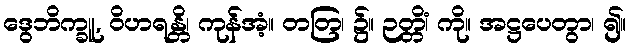
ဒွေဘိက္ခူ, ဝိဟရန္တိ၊ ကုန်အံ့။ တတြ၊ ၌။ ဉတ္တိံ၊ ကို။ အဋ္ဌပေတွာ၊ ၍။